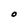
Character: O